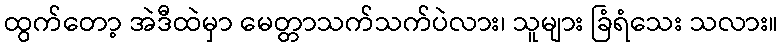
ထွက်တော့ အဲဒီထဲမှာ မေတ္တာသက်သက်ပဲလား၊ သူများ ခြံရံသေး သလား။